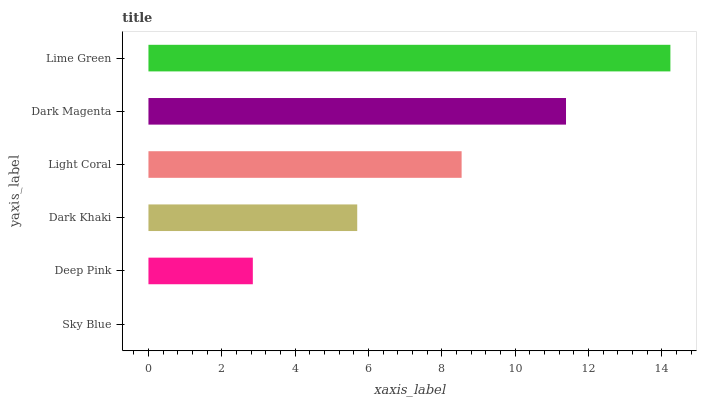
| yaxis_label | bars |
 | --- | --- |
 | Sky Blue | 0 |
 | Deep Pink | 2.85 |
 | Dark Khaki | 5.69 |
 | Light Coral | 8.54 |
 | Dark Magenta | 11.4 |
 | Lime Green | 14.2 |